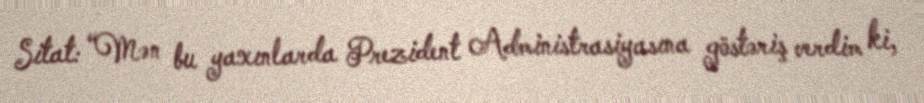
Sitat: “Mən bu yaxınlarda Prezident Administrasiyasına göstəriş verdim ki,